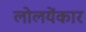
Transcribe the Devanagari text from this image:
लोलयेंकार